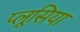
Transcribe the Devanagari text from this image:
प्लूसिया